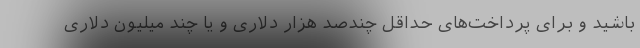
باشید و برای پرداخت‌های حداقل چندصد هزار دلاری و یا چند میلیون دلاری